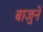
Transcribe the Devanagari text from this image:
बाजुनें